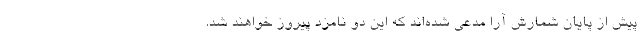
پیش از پایان شمارش آرا مدعی شده‌اند که این دو نامزد پیروز خواهند شد.